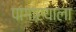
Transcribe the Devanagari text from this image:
पांगाऱ्याला